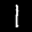
Label: 1